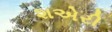
શએરી